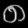
Digit: ၈